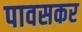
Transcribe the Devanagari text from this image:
पावसकर